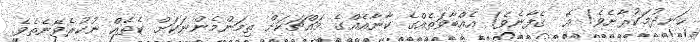
ހަނދުމަކުރާށެވެ! އޭ  ގެފާނެވެ! އެއްބާވަތެއްގެ ކާނާއެއްގެ މައްޗަކަށް ތިމަންމެންނަކަށް ކެތެއް ނުކުރެވޭނެތެވެ.